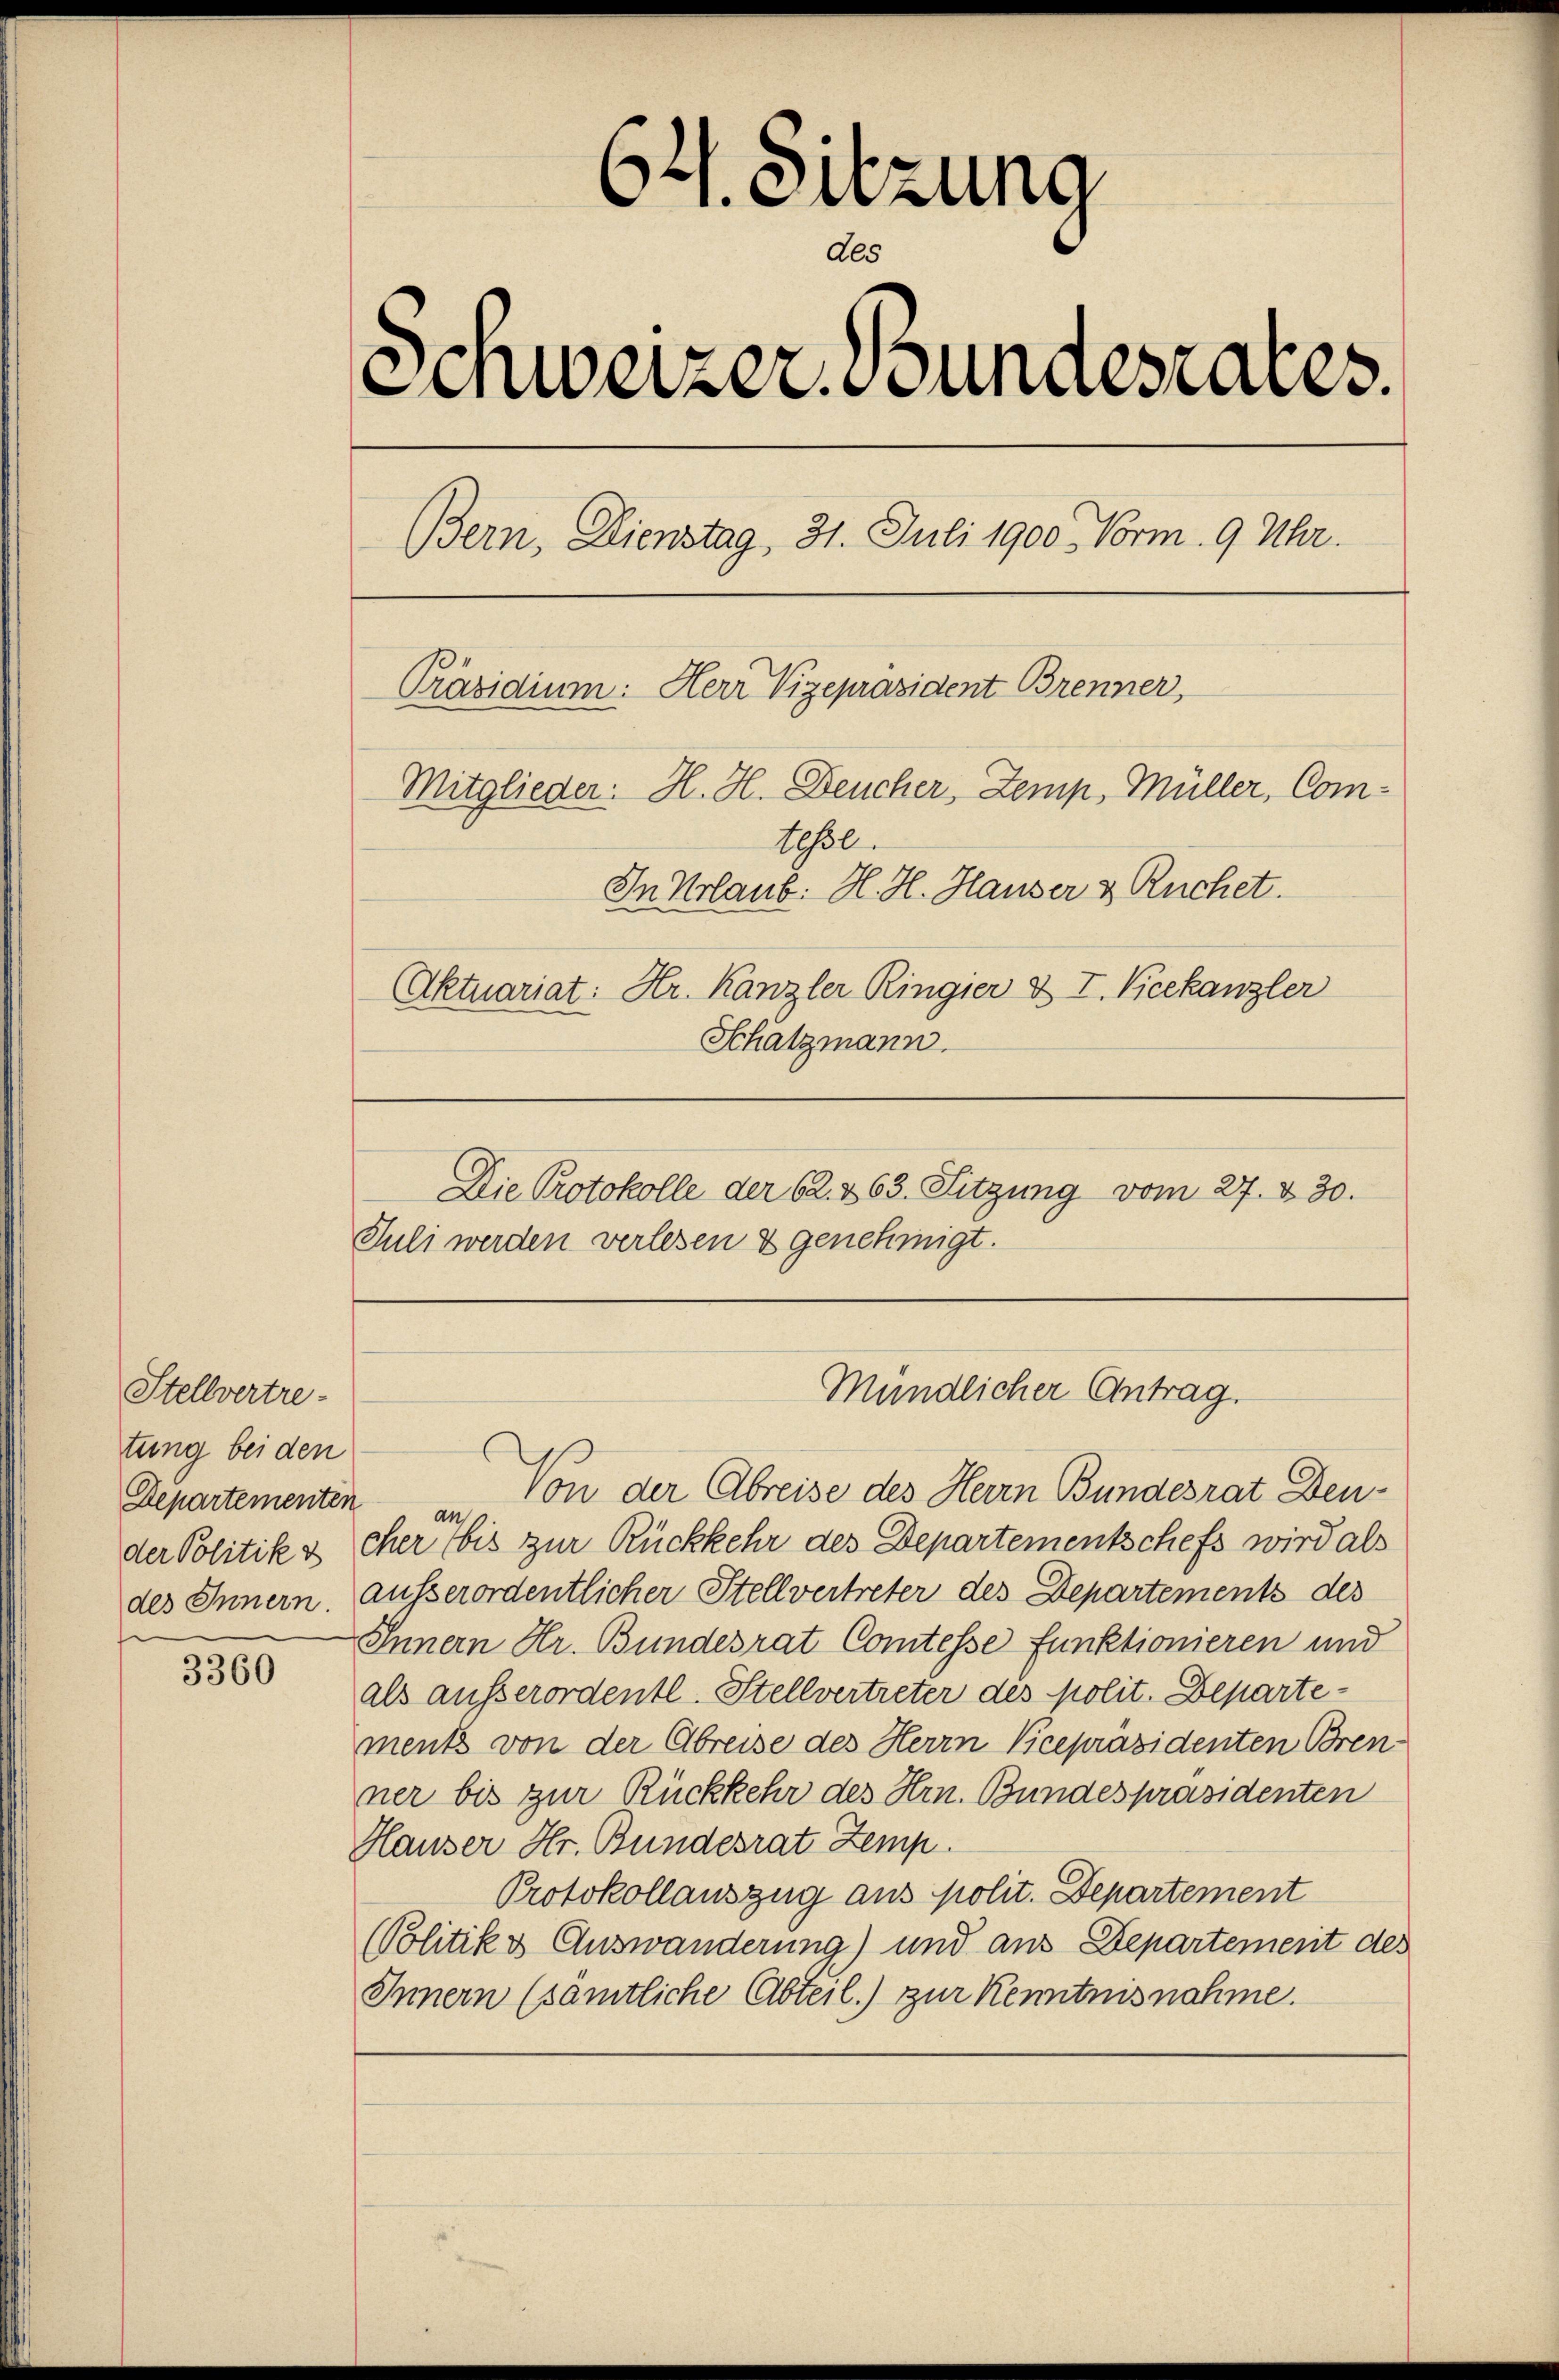
Stellvertre-
tung bei den
der Politik v
des Innern.
f

3360

Die Protokolle der 62. 263. Sitzung vom 27. v. 30.
Juli werden verlesen & genehmigt.

¬
1. Sitzung
des
Einweizer Bundesrates.
Bern, Dienstag, 31. Juli 1900. Vorm. 9 Uhr.
Präsidium: Herr Vizepräsident Brenner,
Mitglieder: H. H. Deucher, Zemp, Müller, Com¬
Teßl.
In Urlaub. H. H. Hauser & Ruchet.
Aktuariat: Hr. Kanzler Ringier & I. Vicekanzler
Schatzmann.

Departementen Von der Abreise des Herrn Bundesrat Deucher bis zur Rückkehr des Departementschefs wird als
ausserordentlicher Stellvertreter des Departements des
Innern Hr. Bundesrat Comtesse funktionieren und
als ausserordentl. Stellvertreter des polit. Departe-
ments von der Abreise des Herrn Vicepräsidenten Brenner bis zur Rückkehr des Hrn. Bundespräsidenten
Hauser Hr. Bundesrat Zemp.
Protokollauszug aus polit. Departement
(Politik & Auswanderung) und aus Departement des
Innern (sämtliche Abteil) zur Kenntnisnahme.

Mündlicher Antrag.